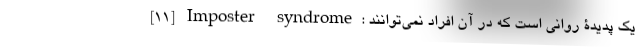
[۱۱] Imposter syndrome: یک پدیدۀ روانی است که در آن افراد نمی‌توانند